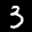
Label: 3